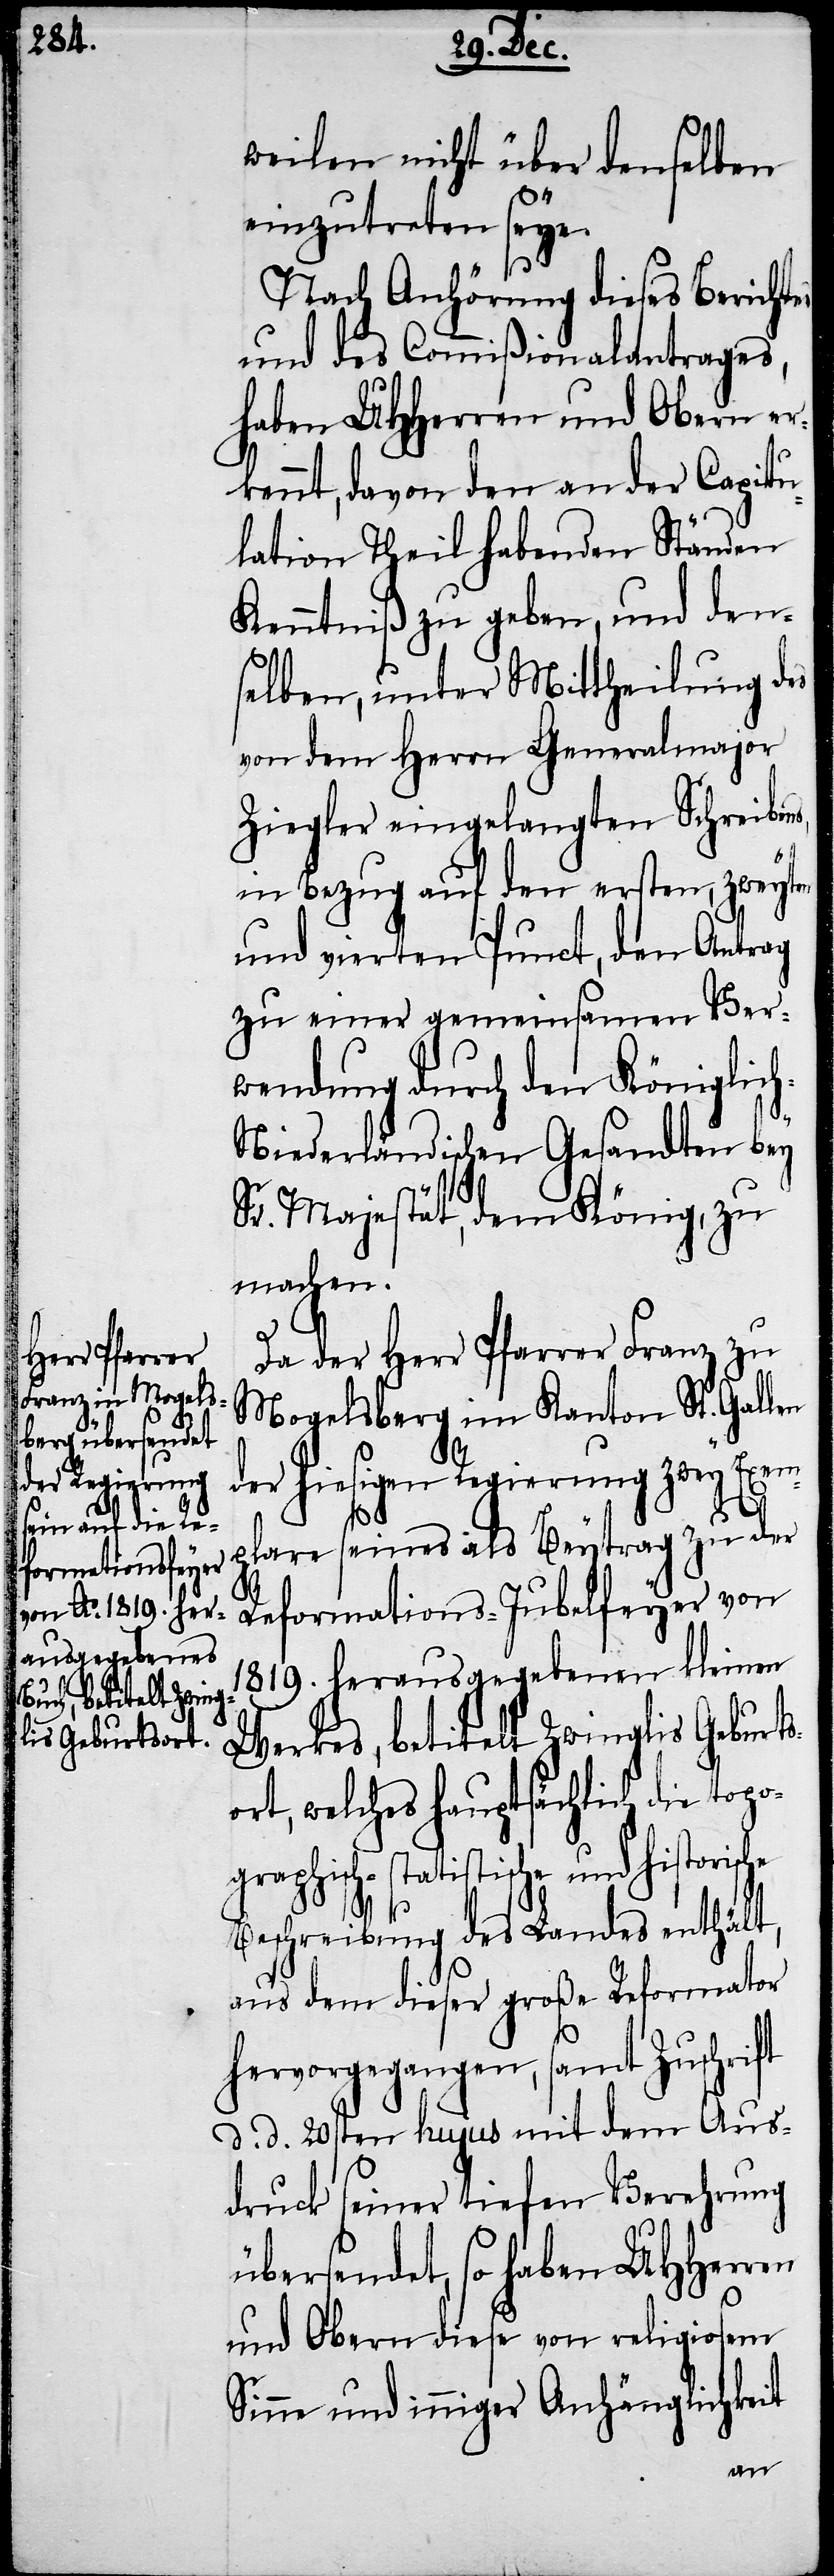
weilen nicht über denselben
einzutreten seye.
Nach Anhörung dieses Bericht¬
und des Commißionalantrages,
haben UHHerren und Obern er¬
kennt, davon den an der Capitu¬
lation Theil habenden Ständen
Kenntniß zu geben, und den¬
selben, unter Mittheilung des
von dem Herrn Generalmajor
Ziegler eingelangten Schreiben¬
in Bezug auf den ersten, zweyten
und vierten Punct, den Antrag
zu einer gemeinsamen Ver¬
wendung durch den Königlic¬
h-Niederländischen Gesandten bey
Sr. Majestät, dem König, zu
machen.
Da der Herr Pfarrer Franz zu
Mogelsberg im Kanton St. Gallen
der hiesigen Regierung zwey Exem¬
s,
plare seines als Beytrag zu der
Reformations-Jubelfeyer von
1819. herausgegebenen kleinen
Werkes, betitelt Zwinglis Geburts¬
ort, welches hauptsächlich die to¬
pographisch-statistische und
Beschreibung des Landes enthält,
aus dem dieser große Reformator
hervorgegangen, samt Zuschrift
d. d. 20sten hujus mit dem Aus¬
druck seiner tiefen Verehrung
übersendet, so haben UHHerren
und Obern diese von religiosem
Sinne und inniger Anhänglichkeit